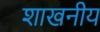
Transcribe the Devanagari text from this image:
शाखनीय